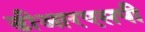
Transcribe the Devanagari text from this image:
डीआरएसपी